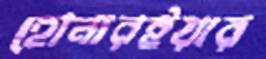
হোনারইয়ার